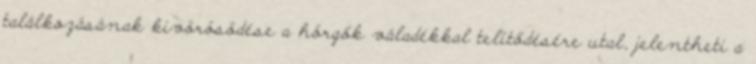
találkozásának kivörösödése a hörgők váladékkal telítődésére utal, jelentheti a